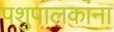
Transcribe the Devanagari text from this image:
पशुपालकांना